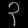
Digit: ၃